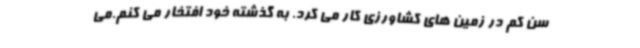
سن کم در زمین های کشاورزی کار می کرد. به گذشته خود افتخار می کنم.می